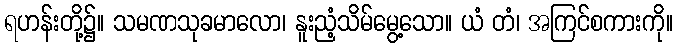
ရဟန်းတို့၌။ သမဏသုခမာလော၊ နူးညံ့သိမ်မွေ့သော။ ယံ တံ၊ အကြင်စကားကို။